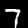
Digit: 7